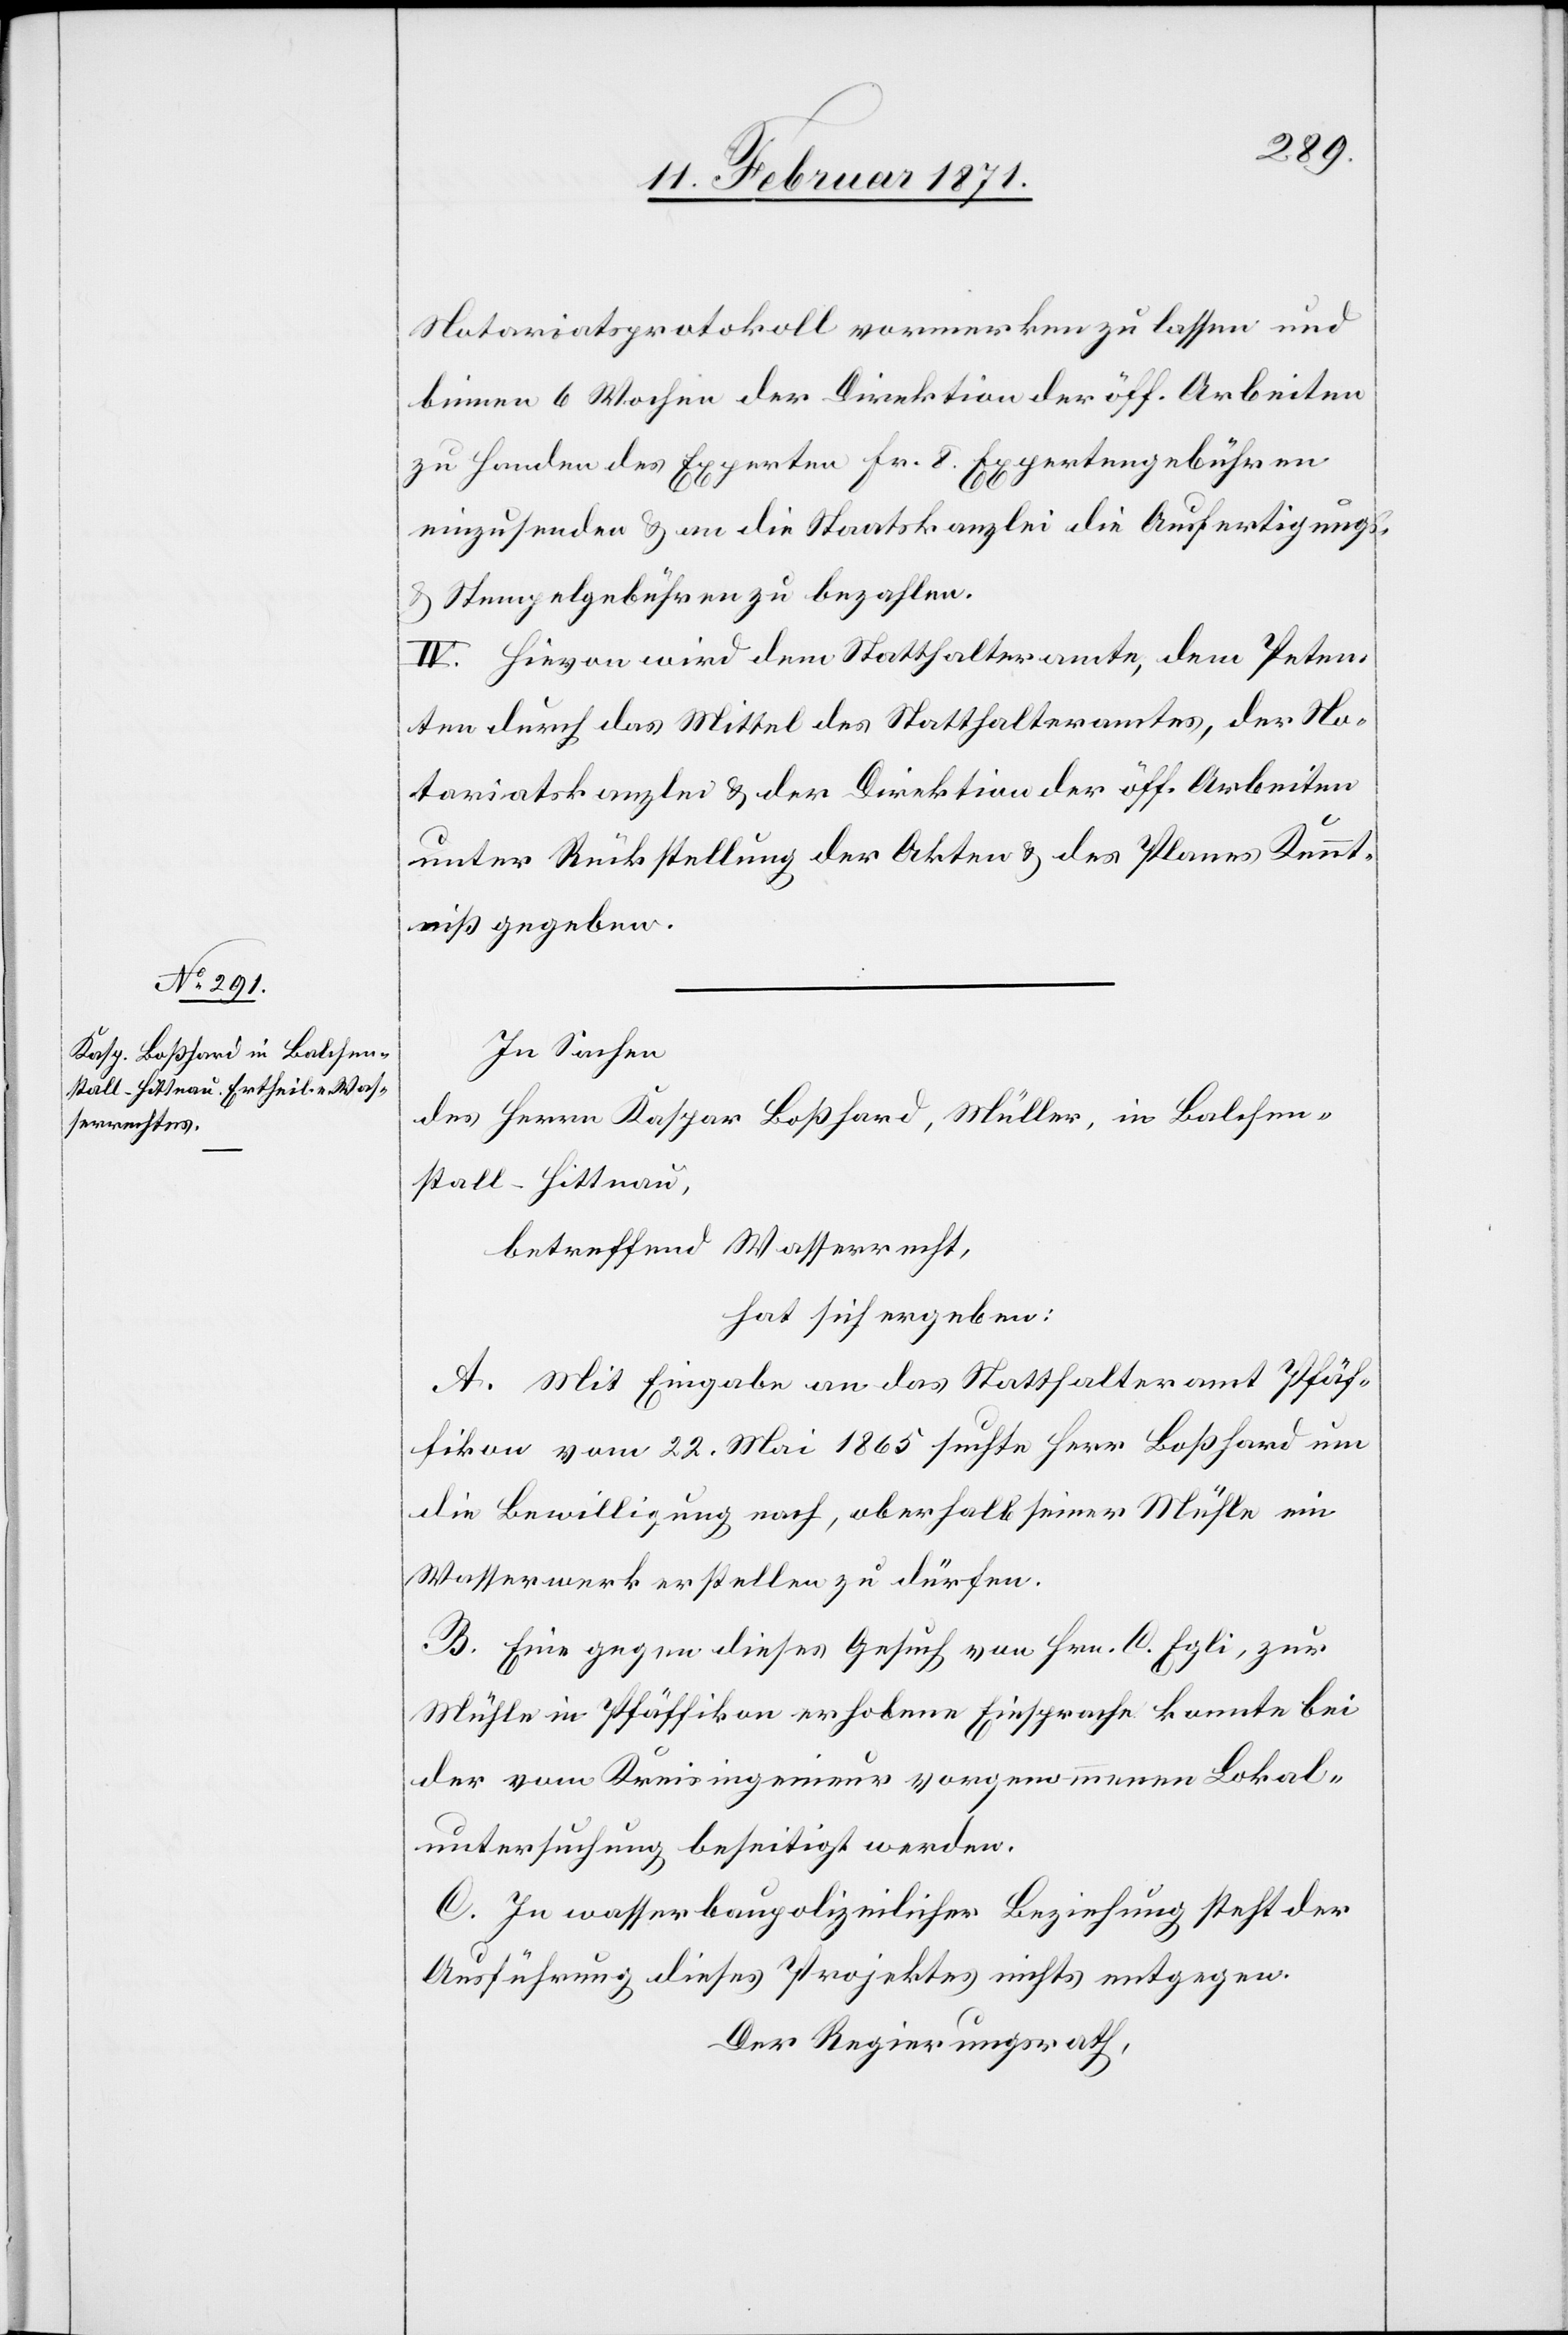
Notariatsprotokoll vormerken zu lassen und
binnen 6 Wochen der Direktion der öff. Arbeiten
zu Handen des Experten Fr. 8 Expertengebühren
einzusenden u. an die Staatskanzlei die Ausfertigungs-
u. Stempelgebühren zu bezahlen.
IV. Hievon wird dem Statthalteramte, dem Peten¬
ten durch das Mittel des Statthalteramtes, der No¬
tariatskanzlei u. der Direktion der öff. Arbeiten
unter Rückstellung der Akten u. des Planes Kennt¬
niß gegeben.
In Sachen
des Herrn Kaspar Boßhard, Müller, in Balchen¬
stall-Hittnau,
betreffend Wasserrecht,
hat sich ergeben:
A. Mit Eingabe an das Statthalteramt Pfäf¬
fikon vom 22. Mai 1865 suchte Herr Boßhard um
die Bewilligung nach, oberhalb seiner Mühle ein
Wasserwerk erstellen zu dürfen.
B. Eine gegen dieses Gesuch von Hrn. C. Egli, zur
Mühle in Pfäffikon erhobene Einsprache konnte bei
der vom Kreisingenieur vorgenommenen Lokal¬
untersuchung beseitigt werden.
C. In wasserbaupolizeilicher Beziehung steht der
Ausführung dieses Projektes nichts entgegen.
Der Regierungsrath,